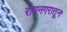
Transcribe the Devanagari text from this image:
रामनगरातून